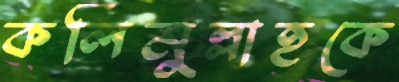
কলিমুল্লাহকে